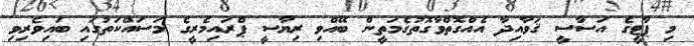
މި ޕާޓީގެ އަސާސީ ޤަވާއިދާ އެއްގޮތްވާގޮތުގެމަތީން ބޭއްވި ރިޔާސީ ޕްރައިމެރީގެ މަސައްކަތުގައި ބައިވެރިވި